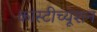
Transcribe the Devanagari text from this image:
कांस्टीच्यूशन